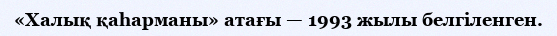
«Халық қаһарманы» aтағы — 1993 жылы белгіленген.